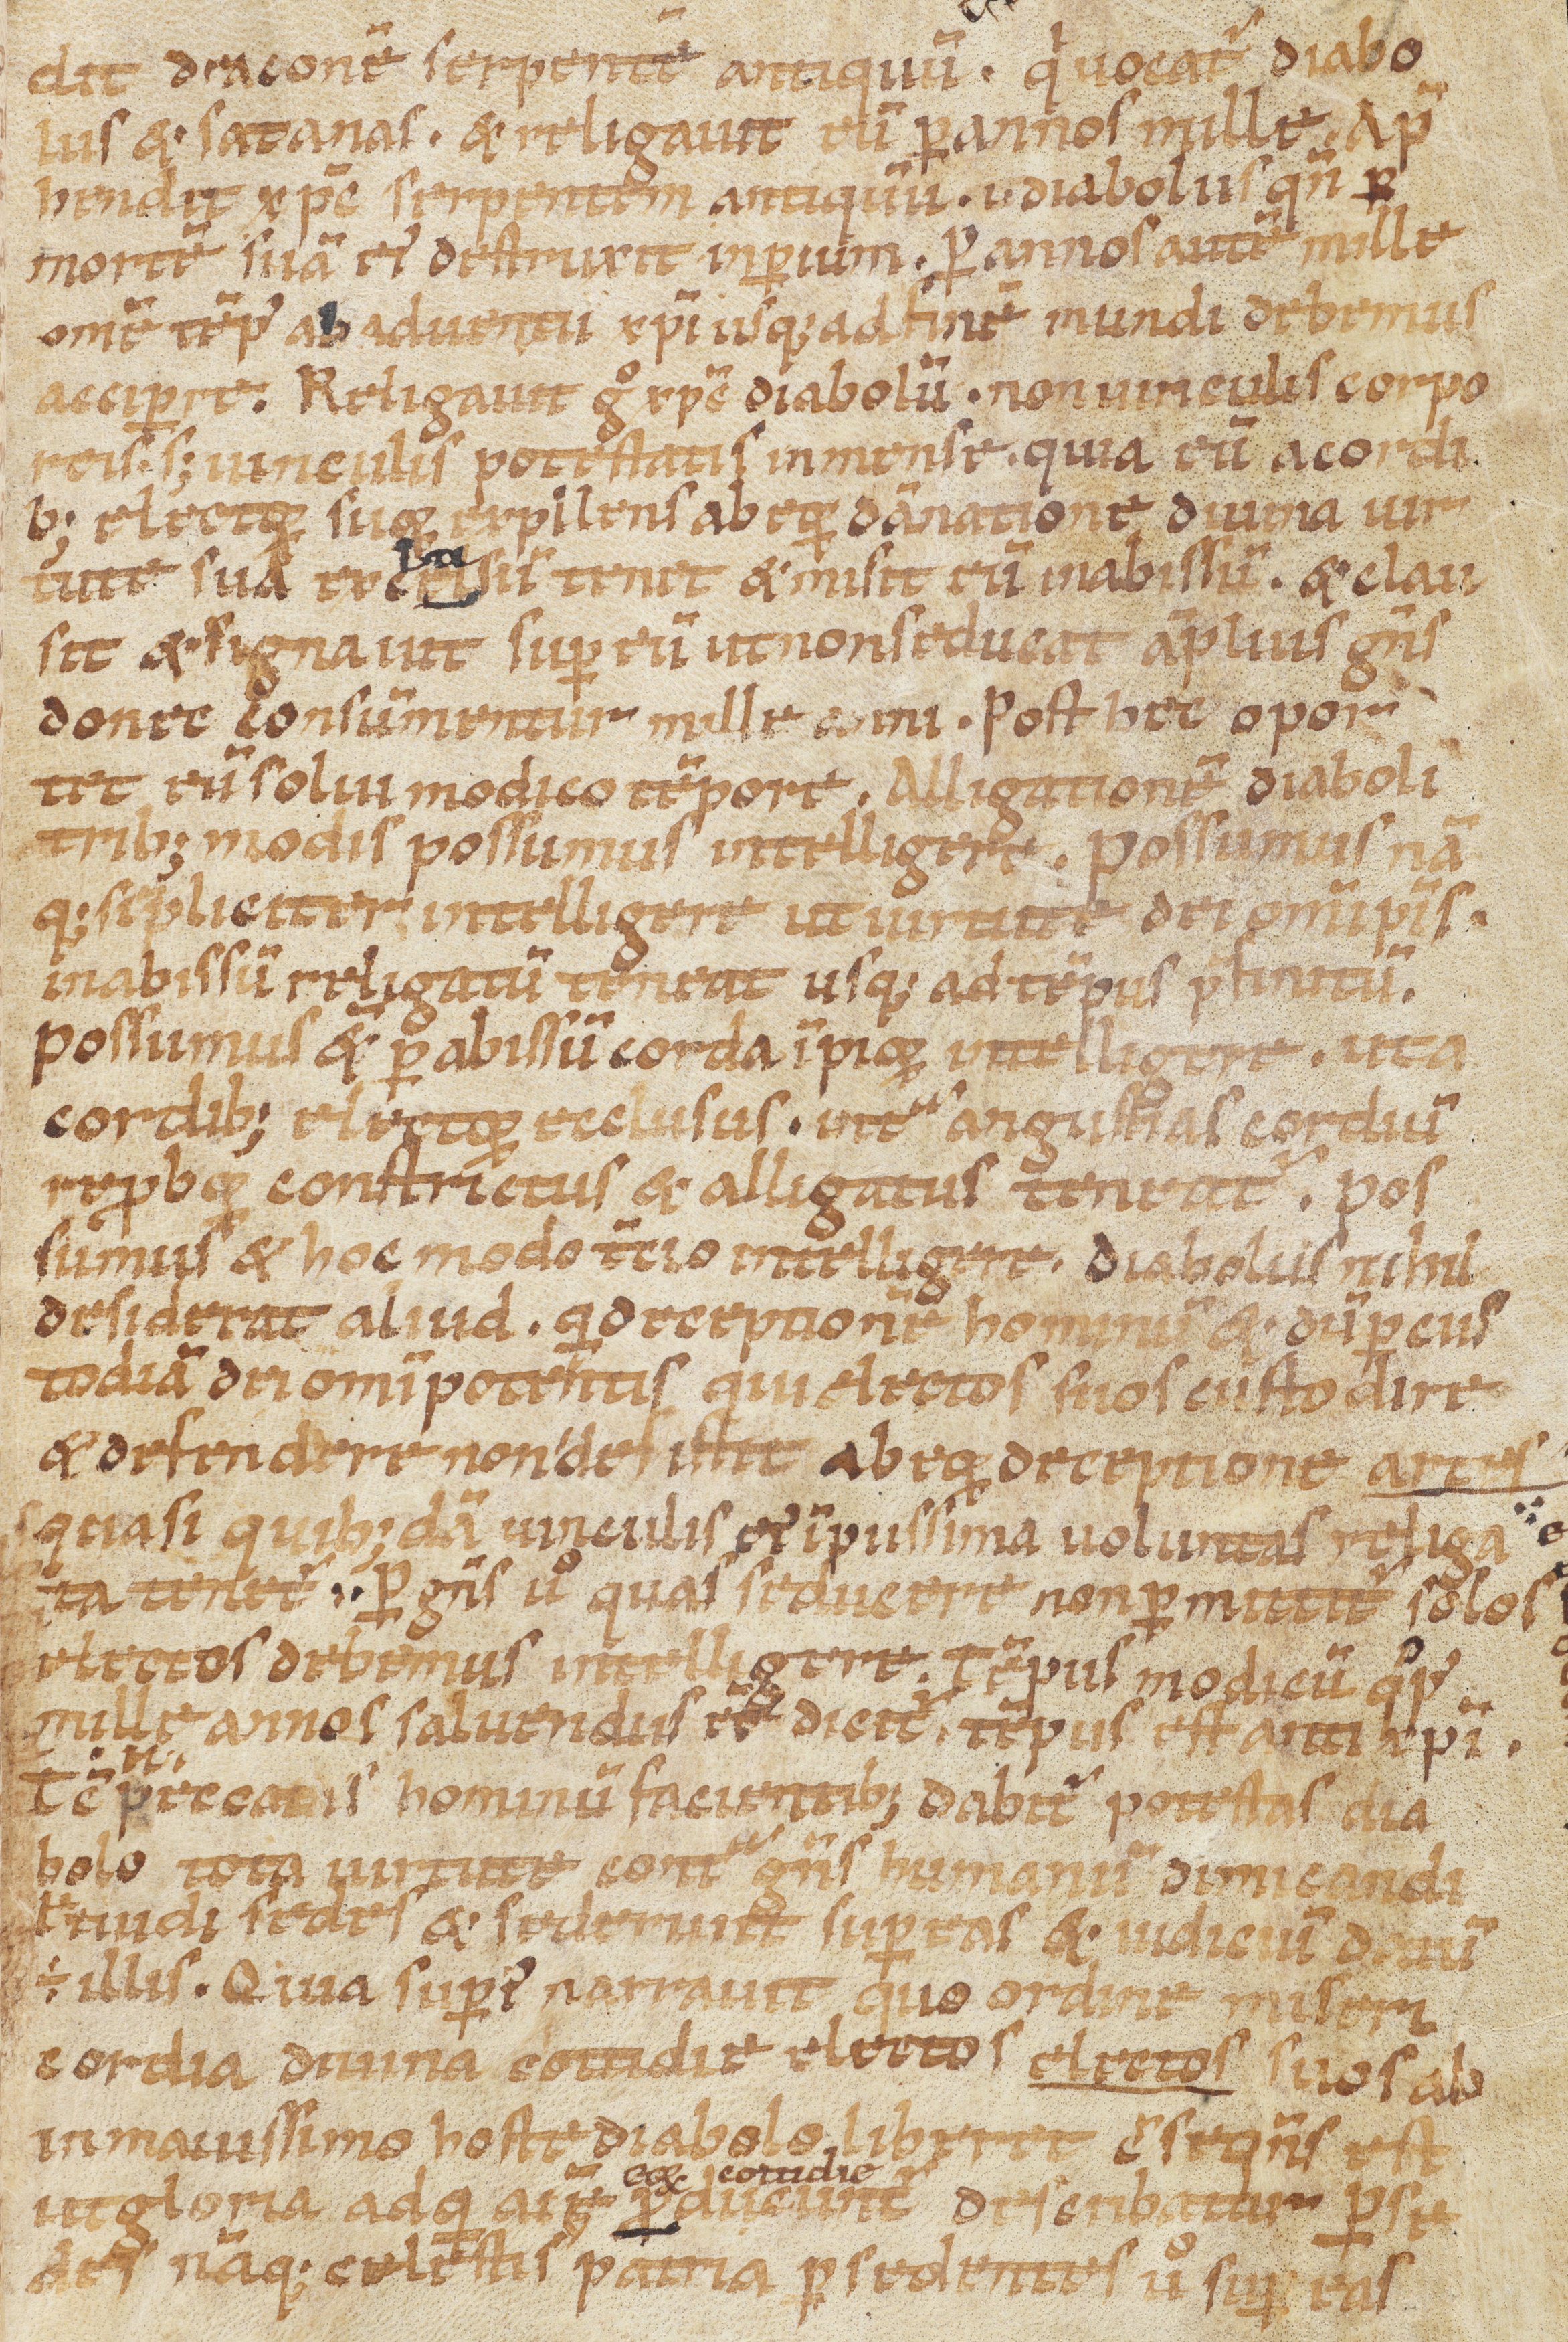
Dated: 1100–1199